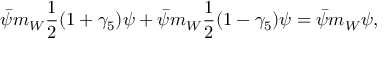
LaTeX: \bar { \psi } m _ { W } \frac { 1 } { 2 } ( 1 + \gamma _ { 5 } ) \psi + \bar { \psi } m _ { W } \frac { 1 } { 2 } ( 1 - \gamma _ { 5 } ) \psi = \bar { \psi } m _ { W } \psi ,